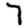
Digit: 7